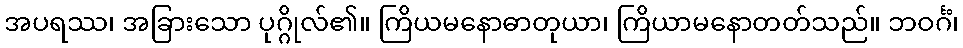
အပရဿ၊ အခြားသော ပုဂ္ဂိုလ်၏။ ကြိယမနောဓာတုယာ၊ ကြိယာမနောတတ်သည်။ ဘဝင်္ဂံ၊